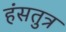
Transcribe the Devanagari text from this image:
हंसतुत्र